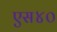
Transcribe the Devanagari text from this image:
एस४०